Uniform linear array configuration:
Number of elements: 24
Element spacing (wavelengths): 0.25
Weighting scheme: hamming
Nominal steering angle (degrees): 60
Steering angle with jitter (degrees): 60.663
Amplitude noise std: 0.05
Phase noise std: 0.05

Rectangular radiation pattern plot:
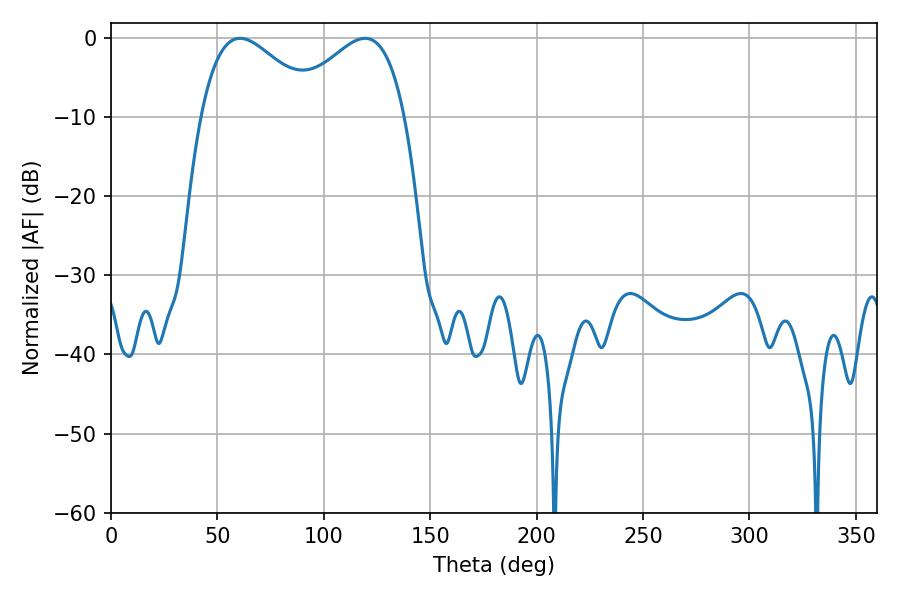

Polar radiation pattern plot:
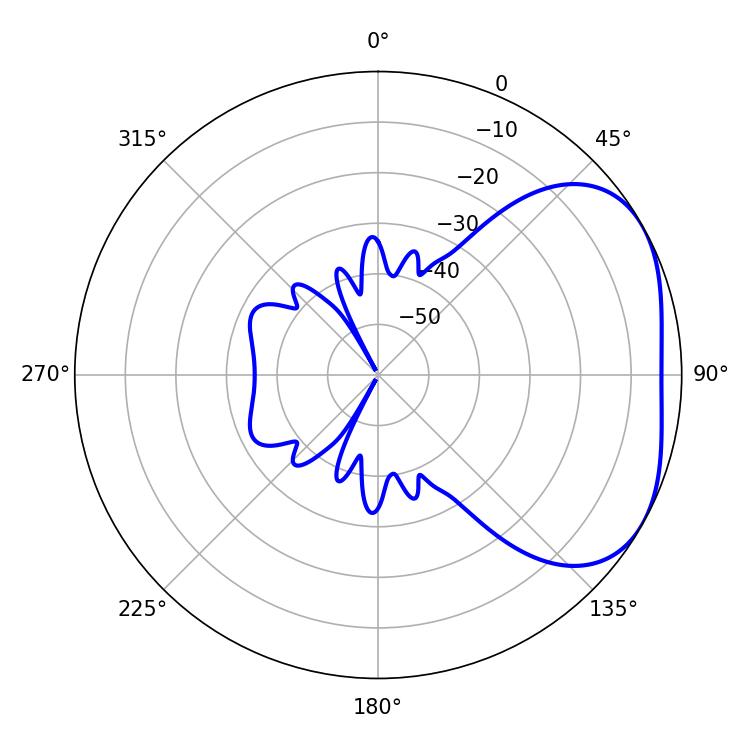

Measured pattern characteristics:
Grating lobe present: FALSE
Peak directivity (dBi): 3.243
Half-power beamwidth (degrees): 29.88
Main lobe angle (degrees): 60.66